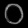
Digit: ၀